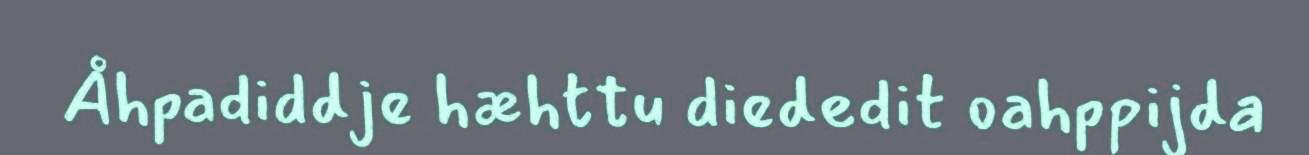
Åhpadiddje hæhttu diededit oahppijda